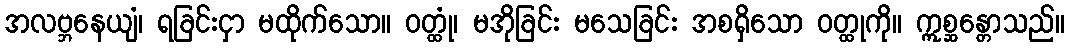
အလဗ္ဘနေယျံ၊ ရခြင်းငှာ မထိုက်သော။ ဝတ္ထုံ၊ မအိုခြင်း မသေခြင်း အစရှိသော ဝတ္ထုကို။ ဣစ္ဆန္တောသည်။